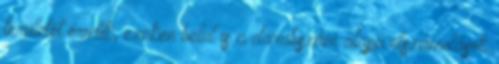
területét érintik, ezeken belül is a darabszám alapú elszámolások